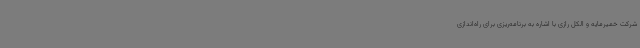
شرکت خمیرمایه و الکل رازی با اشاره به برنامه‌ریزی برای راه‌اندازی